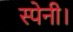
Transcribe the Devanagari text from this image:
स्पेनी।